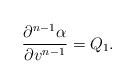
\begin{align*} \frac{\partial^{n-1}\alpha}{\partial v^{n-1}}=Q_1.\end{align*}